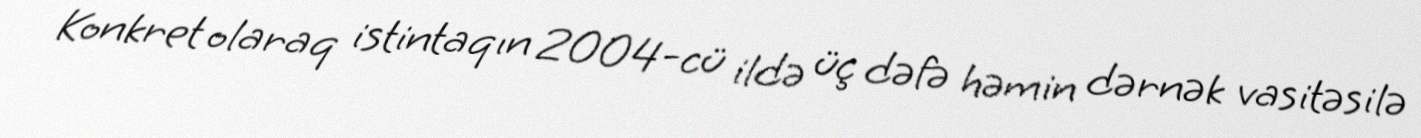
Konkret olaraq istintaqın 2004-cü ildə üç dəfə həmin dərnək vasitəsilə